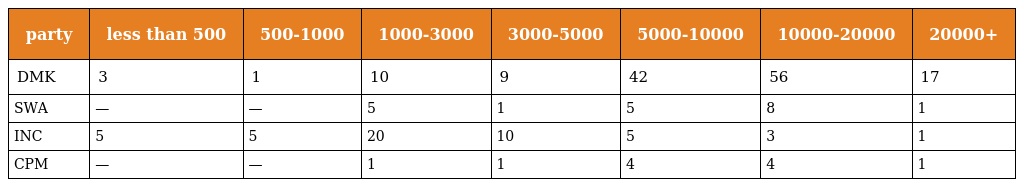
| party | less than 500 | 500-1000 | 1000-3000 | 3000-5000 | 5000-10000 | 10000-20000 | 20000+ |
 | --- | --- | --- | --- | --- | --- | --- | --- |
 | DMK | 3 | 1 | 10 | 9 | 42 | 56 | 17 |
 | SWA | — | — | 5 | 1 | 5 | 8 | 1 |
 | INC | 5 | 5 | 20 | 10 | 5 | 3 | 1 |
 | CPM | — | — | 1 | 1 | 4 | 4 | 1 |